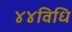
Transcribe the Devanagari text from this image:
४४विधि